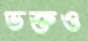
ভক্তও